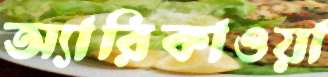
অ্যারিকাওয়া